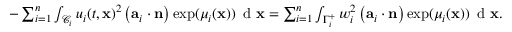
\begin{array} { r } { - \sum _ { i = 1 } ^ { n } \int _ { \mathcal { C } _ { i } } u _ { i } ( t , \mathbf { x } ) ^ { 2 } \left( \mathbf { a } _ { i } \cdot \mathbf { n } \right) \exp ( \mu _ { i } ( \mathbf { x } ) ) \, \textup { d } \mathbf { x } = \sum _ { i = 1 } ^ { n } \int _ { \Gamma _ { i } ^ { + } } w _ { i } ^ { 2 } \left( \mathbf { a } _ { i } \cdot \mathbf { n } \right) \exp ( \mu _ { i } ( \mathbf { x } ) ) \, \textup { d } \mathbf { x } . } \end{array}